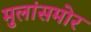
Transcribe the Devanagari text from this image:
मुलांसमोर